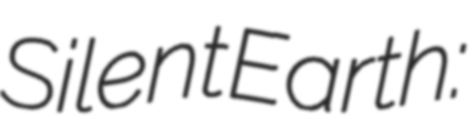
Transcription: Silent Earth: